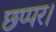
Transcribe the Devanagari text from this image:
छप्पर।